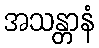
အသန္တာနံ